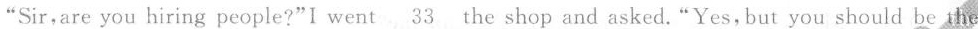
“Sir,are you hiring people?"I went \underline{33}the shop and asked."Yes,but you should be the